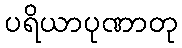
ပရိယာပုဏာတု